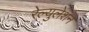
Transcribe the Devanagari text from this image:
रेल्युलेशन